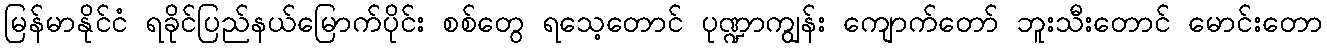
မြန်မာနိုင်ငံ ရခိုင်ပြည်နယ်မြောက်ပိုင်း စစ်တွေ ရသေ့တောင် ပုဏ္ဍာကျွန်း ကျောက်တော် ဘူးသီးတောင် မောင်းတော